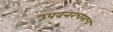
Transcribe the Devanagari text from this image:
उपवनरचनाच